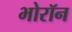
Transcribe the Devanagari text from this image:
भोरॉन